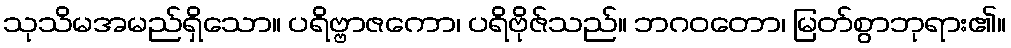
သုသိမအမည်ရှိသော။ ပရိဗ္ဗာဇကော၊ ပရိဗိုဇ်သည်။ ဘဂဝတော၊ မြတ်စွာဘုရား၏။